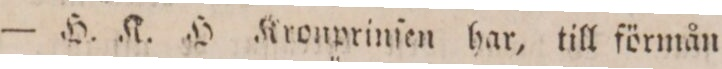
— H. K. H Kronprinſen har, till förmån